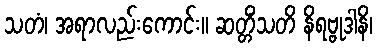
သတံ၊ အရာလည်းကောင်း။ ဆတ္တိံသတိ နိရဗ္ဗုဒါနိ၊